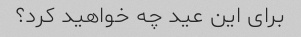
برای این عید چه خواهید کرد؟